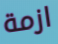
ازمة